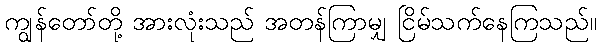
ကျွန်တော်တို့ အားလုံးသည် အတန်ကြာမျှ ငြိမ်သက်နေကြသည်။